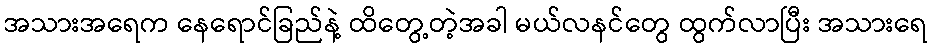
အသားအရေက နေရောင်ခြည်နဲ့ ထိတွေ့တဲ့အခါ မယ်လနင်တွေ ထွက်လာပြီး အသားရေ